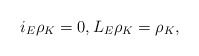
\begin{align*}i_{E}\rho_{K} = 0,L_{E}\rho_{K} = \rho_{K},\end{align*}